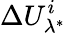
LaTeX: \Delta U_{\lambda^{*}}^{i}